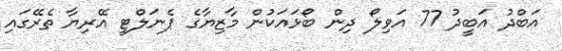
އަބްދު އަބީދު 77 އަވިލޯ ދިން ބޯޅައަކުން މާޒިޔާގެ ޕެނަލްޓީ އޭރިޔާ ތެރޭގައި